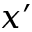
x ^ { \prime }